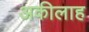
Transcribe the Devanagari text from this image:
अकीलाह